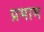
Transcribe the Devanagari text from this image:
प्रमाम